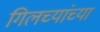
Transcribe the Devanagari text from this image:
गिलच्यांच्या